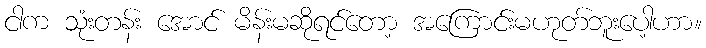
ငါက သုံးတန်း အောင် မိန်းမဆိုရင်တော့ အကြောင်းမဟုတ်ဘူးပေါ့ဟာ။